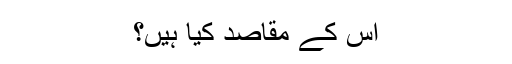
اس کے مقاصد کیا ہیں؟